Problem: 2 × 3 = ?
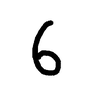
Handwritten answer: 6